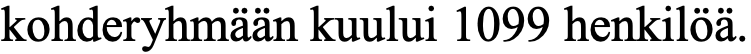
kohderyhmään kuului 1099 henkilöä.